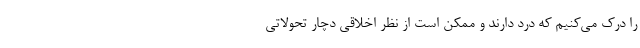
را درک می‌کنیم که درد دارند و ممکن است از نظر اخلاقی دچار تحولاتی